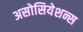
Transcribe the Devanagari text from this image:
असोसियेशन्स